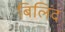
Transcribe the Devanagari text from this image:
बिलिंद